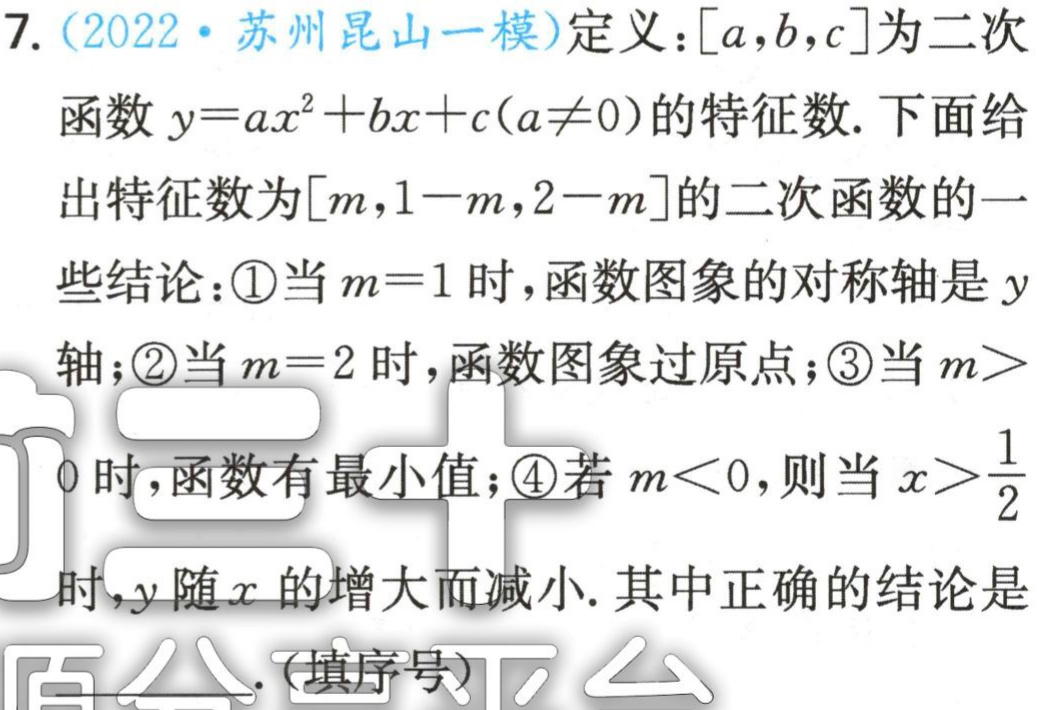
7. (2022·苏州昆山一模)定义：$[a,b,c]$为二次

函数$y = ax^{2}+bx + c(a\neq0)$的特征数. 下面给

出特征数为$[m,1 - m,2 - m]$的二次函数的一

些结论：\textcircled{1}当$m = 1$时，函数图象的对称轴是$y$

轴；\textcircled{2}当$m = 2$时，函数图象过原点；\textcircled{3}当$m >$

0时，函数有最小值；\textcircled{4}若$m<0$，则当$x>\frac{1}{2}$

时，$y$随$x$的增大而减小. 其中正确的结论是

____.（填序号）